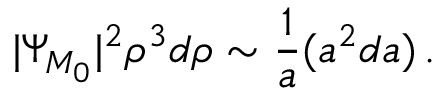
| \Psi _ { { \cal M } _ { 0 } } | ^ { 2 } \rho ^ { 3 } d \rho \sim { \frac { 1 } { a } } ( a ^ { 2 } d a ) \, .